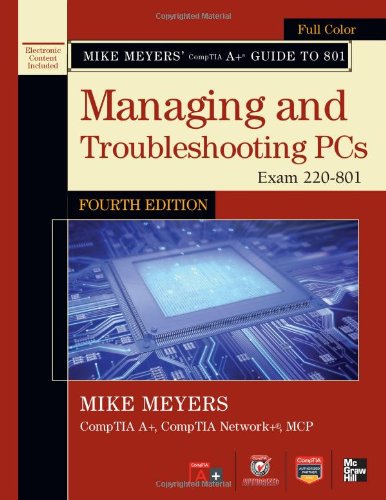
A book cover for Mike Meyers' CompTIA A+ Guide to 801 Managing and Troubleshooting PCs, Fourth Edition (Exam 220-801) (Mike Meyers' Guides); Mike Meyers; Computers & Technology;